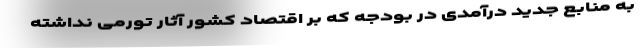
به منابع جدید درآمدی در بودجه که بر اقتصاد کشور آثار تورمی نداشته